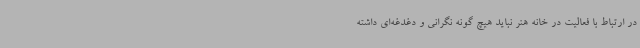
در ارتباط با فعالیت در خانه هنر نباید هیچ گونه نگرانی و دغدغه‌ای داشته